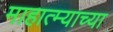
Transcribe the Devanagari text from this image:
माहात्म्याच्या